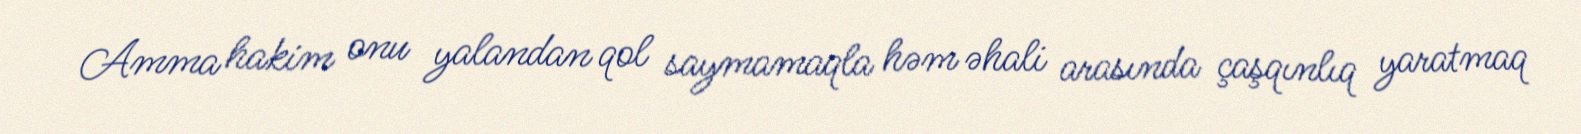
Amma hakim onu yalandan qol saymamaqla həm əhali arasında çaşqınlıq yaratmaq